Lunatic asylums in Bengal annual reports 1912-1924 - 1912-1924
Year: 1912
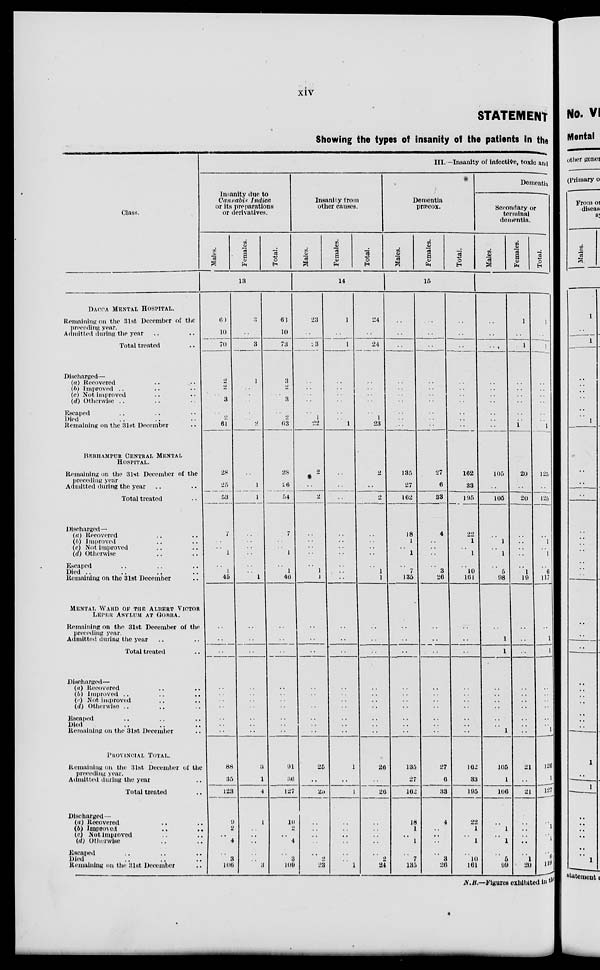
xiv
STATEMENT
Showing the types of insanity of the patients in the
Class.
DACCA MENATL HOSPITAL.
Remaining on the 31st December of the
preceding year.
Admitted during the year .. ..
Total treated ..
Discharged—
(a) Recovered .. ..
(b) Improved .. .. ..
(c) Not improved .. ..
(d) Otherwise .. .. ..
Escaped .. .. ..
Died .. .. ..
Remaining on the 31st December ..
BERHAMPUR CENTRAL MENTRAL
HOSPITAL.
Remaining on the 31st December of the
preceding year
Admitted during the year .. ..
Total treated ..
Discharged—
(a) Recovered .. ..
(b) Improved .. ..
(c) Not improved .. ..
(d) Otherwise .. ..
Escaped .. .. ..
Died .. .. .. ..
Remaining on the 31st December ..
MENTAL WARD OF THE ALBERT VICTOR
LEPER ASYLUM AT GOBRA.
Remaining on the 31st December of the
preceding year.
Admitted during the year .. ..
Total treated ..
Discharged—
(a) Recovered .. ..
(b) Improved .. .. ..
(c) Not improved .. ..
(d) Otherwise .. .. ..
Escaped .. .. ..
Died .. .. ..
Remaining on the 31st December ..
PROVINCIAL TOTAL.
Remaining on the 31st December of the
preceding year.
Admitted during the year ..
Total treated ..
Discharged —
(a) Recovered .. ..
(b) Improved
..
..
(c) Not improved .. ..
(d) Otherwise .. ..
Escaped .. .. ..
Died .. .. ..
Remaining on the 31st December ..
III.—Insanity of Infective, toxic and
Insanity due to
Cannabis Indica
or its preparations
or derivatives.
Males.
Females.
Total.
13
60
10
70
2
..
..
3
..
2
61
28
25
53
7
..
..
1
..
1
45
..
..
..
..
..
..
..
..
..
..
88
35
123
9
2
..
4
..
3
106
3
..
3
1
..
..
..
..
..
2
..
1
1
..
..
..
..
..
..
1
..
..
..
..
..
..
..
..
..
..
3
1
4
1
..
..
..
..
..
3
63
10
73
3
..
..
3
..
2
63
28
26
54
7
..
..
1
..
1
46
..
..
..
..
..
..
..
..
..
..
91
36
127
10
2
..
4
..
3
109
Insanity from
other causes.
Males.
Females.
Total.
14
23
..
23
..
..
..
..
..
1
22
2
..
2
..
..
..
..
..
1
1
..
..
..
..
..
..
..
..
..
..
25
..
25
..
..
..
..
..
2
23
1
..
1
..
..
..
..
..
..
1
..
..
..
..
..
..
..
..
..
..
..
..
..
..
..
..
..
..
..
..
1
..
1
..
..
..
..
..
..
1
24
..
24
..
..
..
..
..
1
23
2
..
2
..
..
..
..
..
1
1
..
..
..
..
..
..
..
..
..
..
26
..
26
..
..
..
..
..
2
24
Dementia
præcox.
Males.
Females.
Total.
15
..
..
..
..
..
..
..
..
..
..
135
27
162
18
1
..
1
..
7
135
..
..
..
..
..
..
..
..
..
..
135
27
162
18
1
..
1
..
7
135
..
..
..
..
..
..
..
..
..
..
27
6
33
4
..
..
..
..
3
26
..
..
..
..
..
..
..
..
..
..
27
6
33
4
..
..
..
..
3
26
..
..
..
..
..
..
..
..
..
..
162
33
195
22
1
..
1
..
10
161
..
..
..
..
..
..
..
..
..
..
162
33
195
22
1
..
1
..
10
161
Dementia
Secondary or
terminal
dementia.
Males.
Females.
Total.
..
..
..
..
..
..
..
..
..
..
105
..
105
..
1
..
1
..
5
98
..
1
1
..
..
..
..
..
..
1
105
1
106
..
1
..
1
..
5
99
1
..
1
..
..
..
..
..
..
1
20
..
20
..
..
..
..
..
1
19
..
..
..
..
..
..
..
..
..
..
21
..
21
..
..
..
..
..
1
20
1
..
1
..
..
..
..
..
..
1
125
..
125
..
1
..
1
..
6
117
..
1
1
..
..
..
..
..
..
1
126
1
127
..
1
..
1
..
6
119
N.B.—Figures exhibited in the